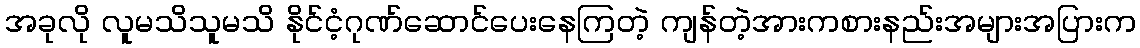
အခုလို လူမသိသူမသိ နိုင်ငံ့ဂုဏ်ဆောင်ပေးနေကြတဲ့ ကျန်တဲ့အားကစားနည်းအများအပြားက